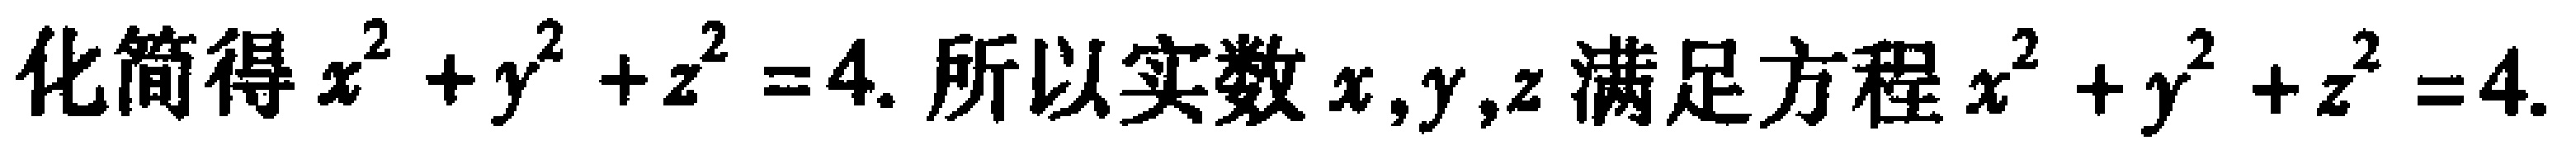
化简得$x^{2}+y^{2}+z^{2}=4$. 所以实数$x,y,z$满足方程$x^{2}+y^{2}+z^{2}=4$.